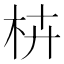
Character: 枿